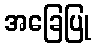
အခြေပြု